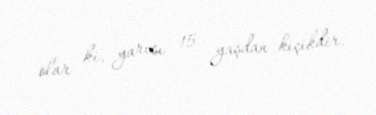
olar ki, yarısı 15 yaşdan kiçikdir.